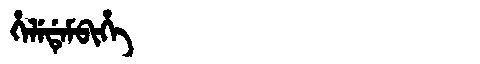
Manchu: ᡥᡝᠯᡝᡩᡝᠮᠪᡳᡥᡝ
Romanization: HELEDEMBIHE